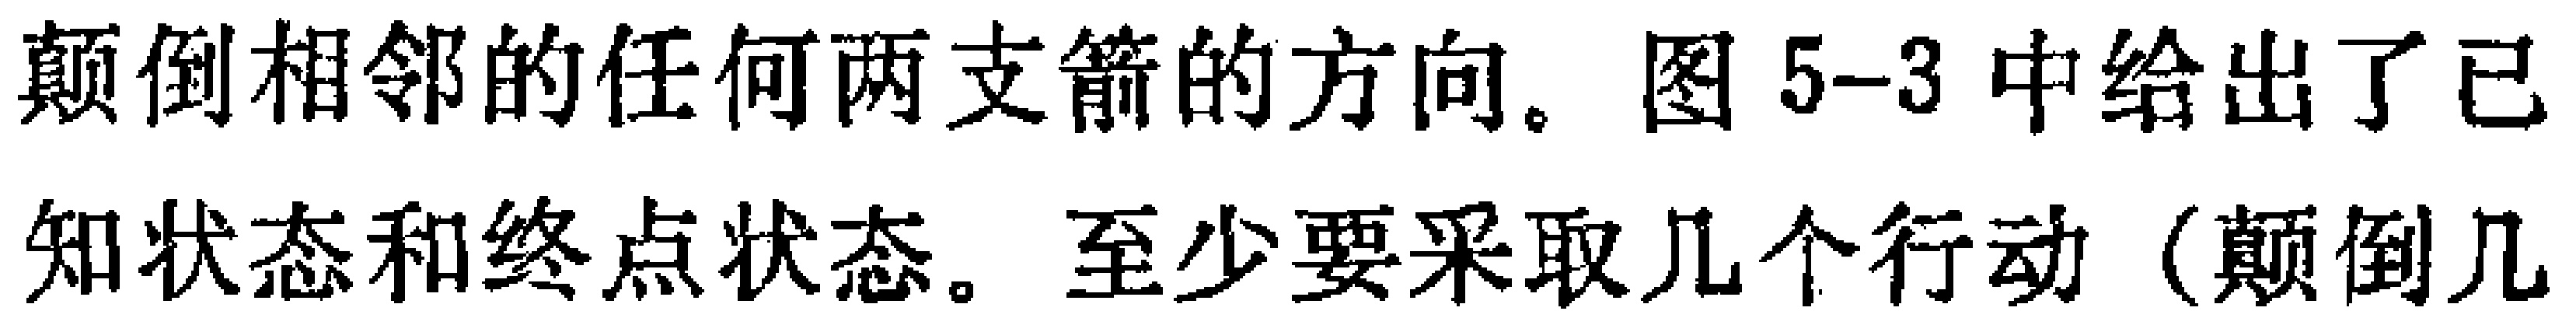
颠倒相邻的任何两支箭的方向。图5-3中给出了已

知状态和终点状态。至少要采取几个行动（颠倒几